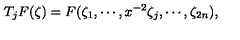
T _ { j } F ( \zeta ) = F ( \zeta _ { 1 } , \cdots , x ^ { - 2 } \zeta _ { j } , \cdots , \zeta _ { 2 n } ) ,